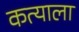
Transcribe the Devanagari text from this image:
कत्याला